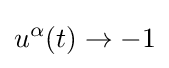
u^{\alpha }(t)\to -1